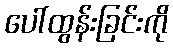
ပေါ်ထွန်းခြင်းကို